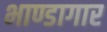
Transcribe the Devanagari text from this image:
भाण्डागार